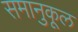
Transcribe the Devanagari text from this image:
समानुकूल